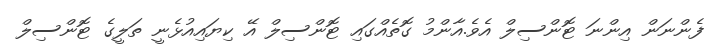
ފެންނަން އިންނަ ޓޮންސިލް އެވެ.އާންމު ގޮތެއްގައި ޓޮންސިލް އޭ ކިޔައިއުޅެނީ ތަލީގެ ޓޮންސިލް